Report of the Indian Hemp Drugs Commission, 1894-1895 - Volume VII
Year: 1894
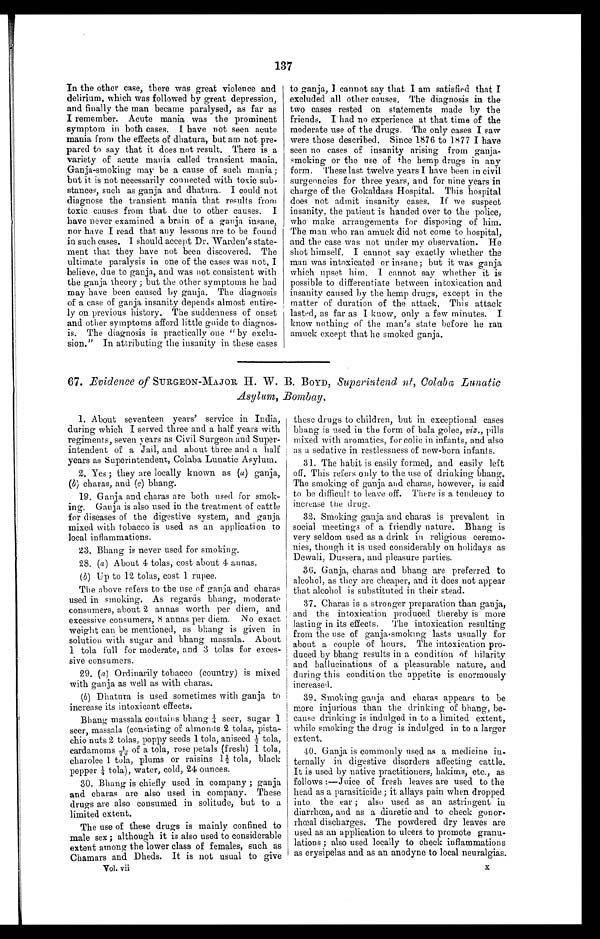
137
In the other case, there was great violence and
delirium, which was followed by great depression,
and finally the man became paralysed, as far as
I remember. Acute mania was the prominent
symptom in both cases. I have not seen acute
mania from the effects of dhatura, but am not pre- -
pared to say that it does not result. There is a
variety of acute mania called transient mania.
Ganja-smoking may be a cause of such mania;
but it is not necessarily connected with toxic sub-
-
stances, such as ganja and dhatura. I could not
diagnose the transient mania that results from
toxic causes from that due to other causes. I
have never examined a brain of a ganja insane,
nor have I read that any lessons are to be found
in such cases. I should accept Dr. Warden's state- -
ment that they have not been discovered. The
ultimate paralysis in one of the cases was not, I
believe, due to ganja, and was not consistent with
the ganja theory ; but the other symptoms he had
may have been caused by ganja. The diagnosis
of a case of ganja insanity depends almost entire- -
ly on previous history. The suddenness of onset
and other symptoms afford little guide to diagnos- -
is. The diagnosis is practically one "by exclu-
-
sion." In attributing the insanity in these cases
to ganja, I cannot say that I am satisfied that I
excluded all other causes, The diagnosis in the
two cases rested on statements made by the
friends. I had no experience at that time of the
moderate use of the drugs. The only cases I saw
were those described. Since 1876 to 1877 I have
seen no cases of insanity arising from ganja--
smoking or the use of the hemp drugs in any
form. These last twelve years I have been in civil
surgeoncies for three years, and for nine years in
charge of the Gokaldass Hospital. This hospital
does not admit insanity cases. If we suspect
insanity, the patient is handed over to the police,
who make arrangements for disposing of him.
The man who ran amuck did not come to hospital,
and the case was not under my observation. He
shot himself. I cannot say exactly whether the
man was intoxicated or insane; but it was ganja
which upset him. I cannot say whether it is
possible to differentiate between intoxication and
insanity caused by the hemp drugs, except in the
matter of duration of the attack. This attack
lasted, as far as I know, only a few minutes. I
know nothing of the man's state before he ran
amuck except that he smoked ganja.
67. Evidence of SURGEON-MAJOR H. W. B . BOYD, Superintend nt, Colaba Lunatic
Asylum, Bombay.
1. About seventeen years' service in India,
during which I served three and a half years with
regiments, seven years as Civil Surgeon and Super
-
intendent of a Jail, and about three and a half
years as Superintendent, Colaba Lunatic Asylum.
2. Yes ; they are locally known as (a) ganja,
(b) charas, and (c) bhang.
19. Ganja and charas are both used for smok--
ing. Ganja is also used in the treatment of cattle
for diseases of the digestive system, and ganja
mixed with tobacco is used as an application to
local inflammations.
23. Bhang is never used for smoking.
28. (a ) About 4 tolas, cost about 4 annas.
(b) Up to 12 tolas, cost 1 rupee.
The above refers to the use of ganja and charas
used in smoking. As regards bhang, moderate
consumers, about 2 annas worth per diem, and
excessive consumers, 8 annas per diem, No exact
weight can be mentioned, as bhang is given in
solution with sugar and bhang massala. About
1 tola full for moderate, and 3 tolas for exces- -
sive consumers.
29. (a) Ordinarily tobacco (country) is mixed
with ganja as well as with charas.
(b) Dhatura is used sometimes with ganja to
increase its intoxicant effects.
Bhang massala contains bhang ¼ seer, sugar 1
seer, massala (consisting of almonds 2 tolas, pista
-
chio nuts 2 tolas, poppy seeds 1 tole, aniseed ½ tola,
c a r da moms 1/ 20 of a t ol a , r os e pe t a l s ( f r e s h) 1 t ol a ,
c ha r ol e e 1 t ol a , pl ums or r a i s i ns 1½ t ol a , bl a c k
pepper ¼ t ol a) , wat er , col d, 24 ounces.
30. Bhang is chiefly used in company ; ganja
and charas are also used in company. These
drugs are also consumed in solitude, but to a
limited extent.
The use of these drugs is mainly confined to
male sex ; although it is also used to considerable
extent among the lower class of females, such as
Chamars and Dheds. It is not usual to give
these drugs to children, but in exceptional cases
bhang is used in the form of bala golee, viz., pills
mixed with aromatics, for colic in infants, and also
as a sedative in restlessness of new-born infants.
31, The habit is easily formed, and easily left
off. This refers only to the use of drinking bhang.
The smoking of ganja and charas, however, is said
to be difficult to leave off. There is a tendency to
increase the drug.
32. Smoking ganja and charas is prevalent in
social meetings of a friendly nature. Bhang is
very seldom used as a drink in religious ceremo- -
nies, though it is used considerably on holidays as
Dewali, Dussera, and pleasure parties.
36. Ganja, charas and bhang are preferred to
alcohol, as they are cheaper, and it does not appear
that alcohol is substituted in their stead.
37. Charas is a stronger preparation than ganja,
and the intoxication produced thereby is more
lasting in its effects. The intoxication resulting
from the use of ganja-smoking lasts usually for
about a couple of hours. The intoxication pro-
-
duced by bhang results in a condition of hilarity
and hallucinations of a pleasurable nature, and
during this condition the appetite is enormously
increased.
39. Smoking ganja and charas appears to be
more injurious than the drinking of bhang, be
-
cause drinking is indulged in to a limited extent,
while smoking the drug is indulged in to a larger
extent.
40. Ganja is commonly used as a medicine in
-
ternally in digestive disorders affecting cattle.
It is used by native practitioners, hakims, etc., as
follows :—Juice of fresh leaves are used to the
head as a parasiticide ; it allays pain when dropped
into the ear ; also used as an astringent in
diarrhœa, and as a diuretic and to check gonor
-
thœal discharges. The powdered dry leaves are
used as an application to ulcers to promote granu
-
lations ; also used locally to check inflammations
as erysipelas and as an anodyne to local neuralgias.
Vol. vii
X